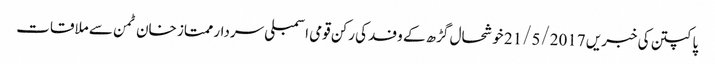
پاکپتن کی خبریں 21/5/2017	 خوشحال گڑھ کے وفد کی رکن قومی اسمبلی سردار ممتاز خان ٹمن سے ملاقات